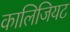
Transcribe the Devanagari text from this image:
कालिजियट